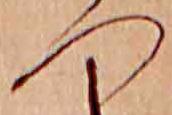
つ